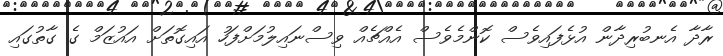
ރާދާ އެނބުރިދާން އުޅެފައިވެސް ކޮންމެވެސް އެއްޗެއް ވިސްނައިލުމަށްފަހު އައިގޮތަށް އައުޒަމް ގެ ގާތުގައި